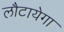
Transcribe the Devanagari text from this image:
लौटायेगा